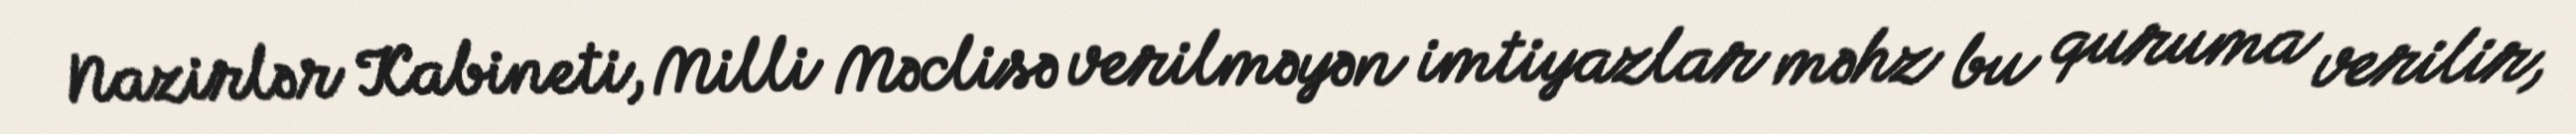
Nazirlər Kabineti, Milli Məclisə verilməyən imtiyazlar məhz bu quruma verilir,